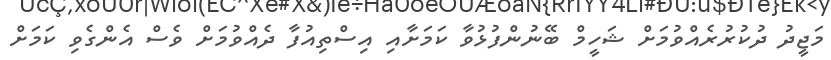
މަޖީދު ދުކުރުރެއްވުމަށް ޝަހީމް ބޭނުންފުޅުވާ ކަމަށާއި އިސްތިއުފާ ދެއްވުމަށް ވެސް އެންގެވި ކަމަށް